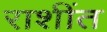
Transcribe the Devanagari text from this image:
राशींत